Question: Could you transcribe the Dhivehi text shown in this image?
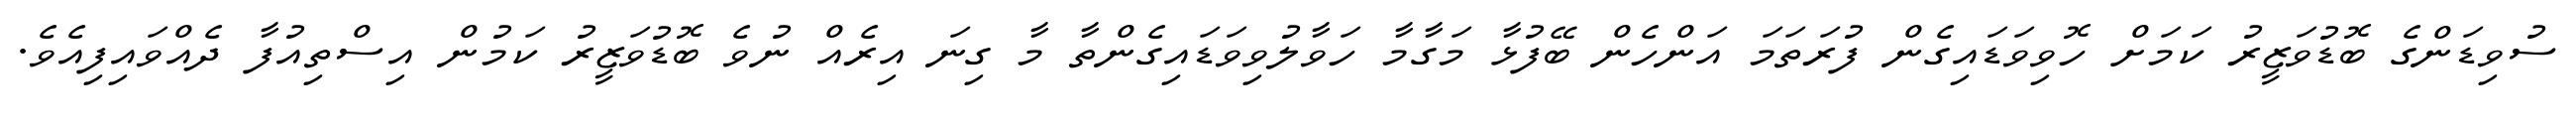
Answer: ސުވިޑަންގެ ބޮޑުވަޒީރު ކަމަށް ހޮވިވަޑައިގެން ފުރަތަމަ އަންހެން ބޭފުޅާ މަގާމާ ހަވާލުވިވަޑައިގެންތާ މާ ގިނަ އިރެއް ނުވެ ބޮޑުވަޒީރު ކަމުން އިސްތިއުފާ ދެއްވައިފިއެވެ.